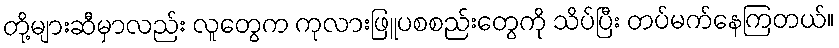
တို့များဆီမှာလည်း လူတွေက ကုလားဖြူပစစည်းတွေကို သိပ်ပြီး တပ်မက်နေကြတယ်။